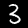
Digit: 3